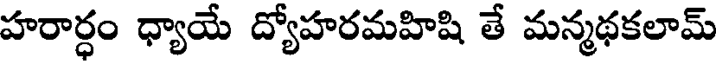
హరార్ధం ధ్యాయే ద్యోహరమహిషి తే మన్మథకలామ్